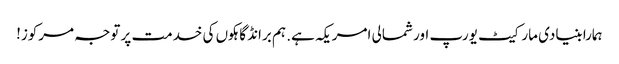
ہمارا بنیادی مارکیٹ یورپ اور شمالی امریکہ ہے. ہم برانڈ گاہکوں کی خدمت پر توجہ مرکوز!